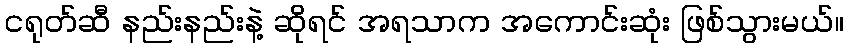
ငရုတ်ဆီ နည်းနည်းနဲ့ ဆိုရင် အရသာက အကောင်းဆုံး ဖြစ်သွားမယ်။